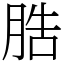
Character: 㬶